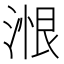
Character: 𰜠